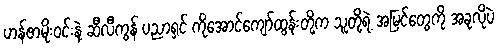
ဟန်ဇာမိုးဝင်းနဲ့ ဆီလီကွန် ပညာရှင် ကိုအောင်ကျော်ထွန်းတို့က သူတို့ရဲ့ အမြင်တွေကို အခုလိုပဲ